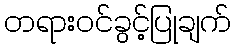
တရားဝင်ခွင့်ပြုချက်